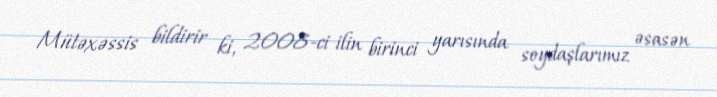
Mütəxəssis bildirir ki, 2008-ci ilin birinci yarısında soydaşlarımız əsasən